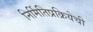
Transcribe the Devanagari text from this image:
निर्मितिप्रक्रियेची